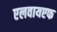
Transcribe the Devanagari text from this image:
एलवायएफ